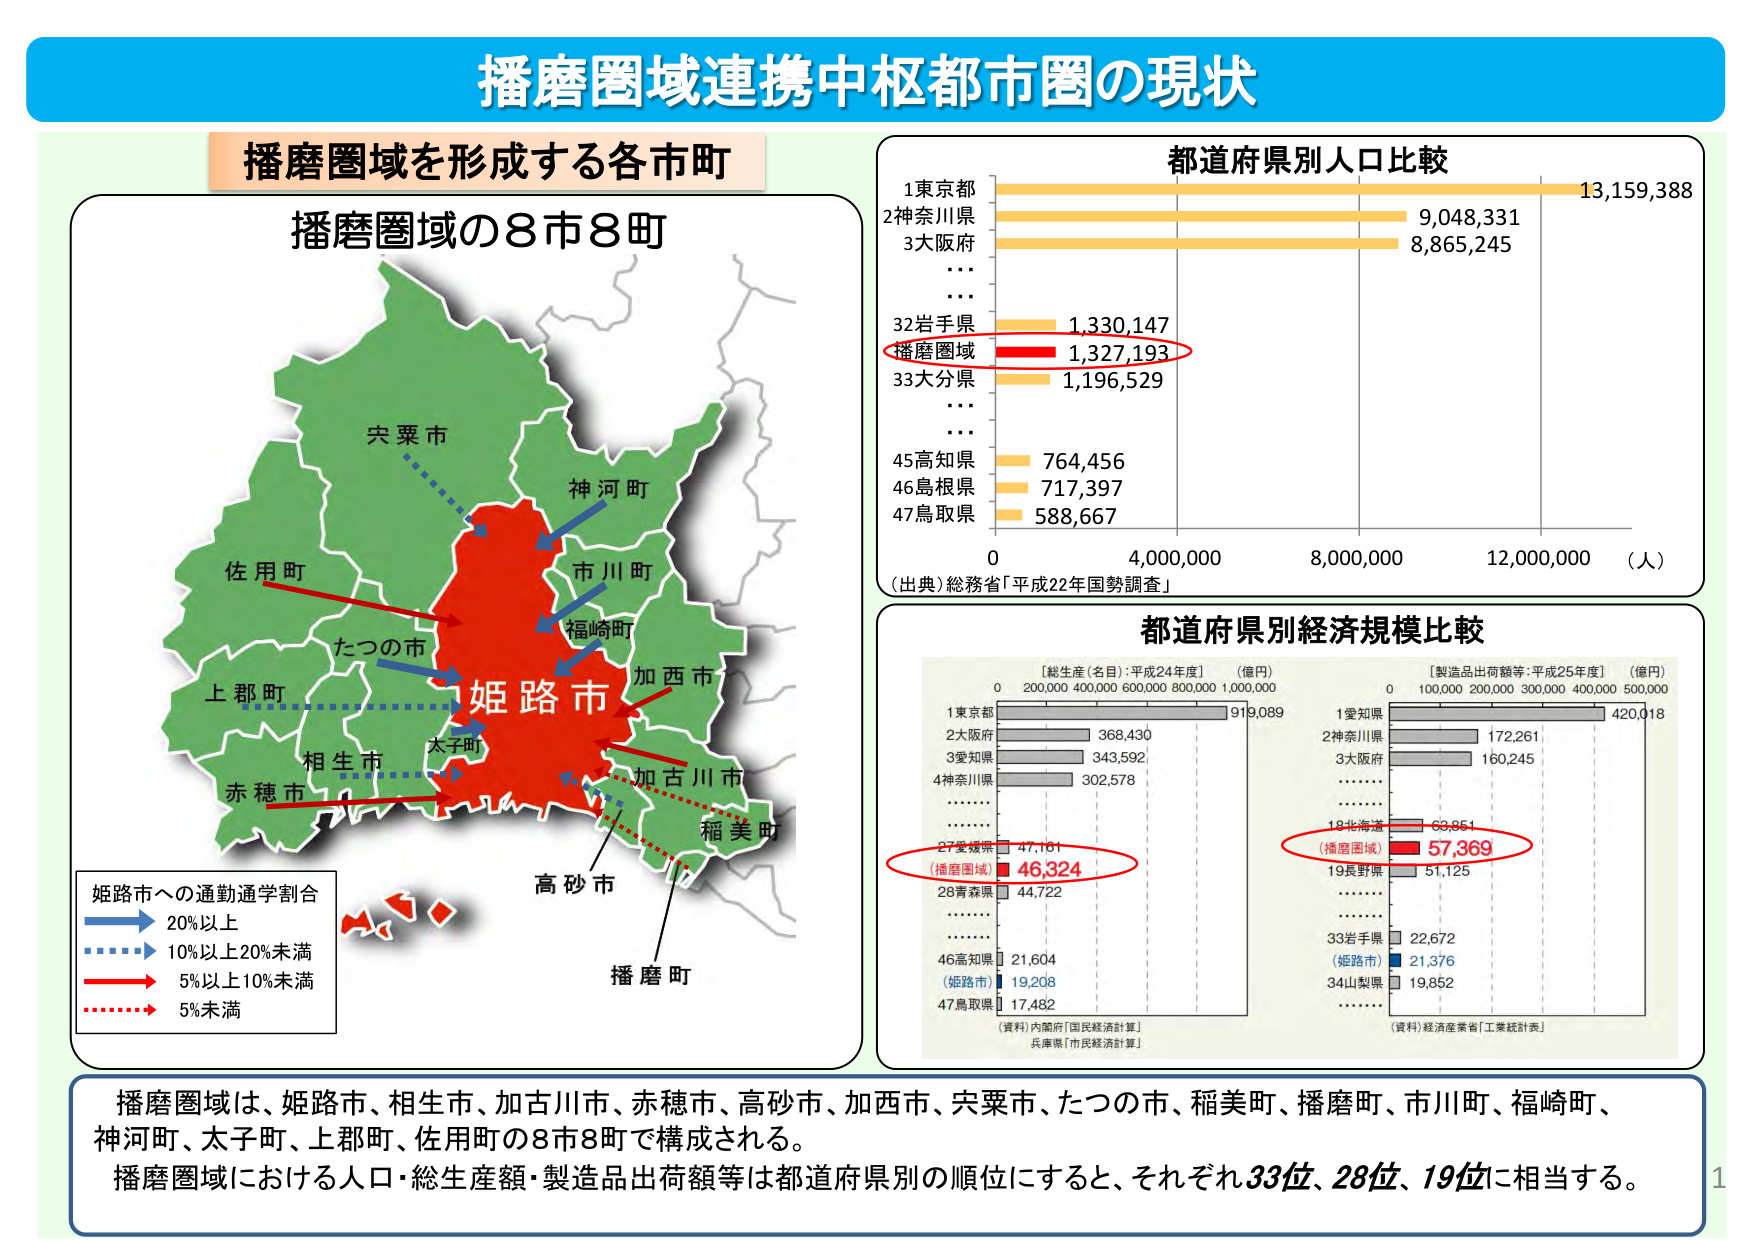
播磨圏域連携中枢都市圏の現状

播磨圏域を形成する各市町

播磨圏域の8市8町

宍粟市
神河町
市川町
福崎町
加西市
たつの市
姫路市
加古川市
稲美町
高砂市
播磨町
太子町
相生市
赤穂市
上郡町
佐用町

姫路市への通勤通学割合
→ 20%以上
→ 10%以上20%未満
→ 5%以上10%未満
→ 5%未満

都道府県別人口比較
1 東京都 13,159,388
2 神奈川県 9,048,331
3 大阪府 8,865,245
...
32 岩手県 1,330,147
播磨圏域 1,327,193
33 大分県 1,196,529
...
45 高知県 764,456
46 島根県 717,397
47 鳥取県 588,667
0 4,000,000 8,000,000 12,000,000 （人）
（出典）総務省「平成22年国勢調査」

都道府県別経済規模比較

【総生産（名目）：平成24年度】（億円）
1 東京都 919,089
2 大阪府 368,430
3 愛知県 343,592
4 神奈川県 302,578
...
27 愛媛県 47,181
（播磨圏域）46,324
28 青森県 44,722
...
46 高知県 21,604
（姫路市）19,208
47 鳥取県 17,482
（資料）内閣府「国民経済計算」
兵庫県「市民経済計算」

【製造品出荷額等：平成25年度】（億円）
1 愛知県 420,018
2 神奈川県 172,261
3 大阪府 160,245
...
18 北海道 68,851
（播磨圏域）57,369
19 長野県 51,125
...
33 岩手県 22,672
（姫路市）21,376
34 山梨県 19,852
（資料）経済産業省「工業統計表」

播磨圏域は、姫路市、相生市、加古川市、赤穂市、高砂市、加西市、宍粟市、たつの市、稲美町、播磨町、市川町、福崎町、神河町、太子町、上郡町、佐用町の8市8町で構成される。
播磨圏域における人口・総生産額・製造品出荷額等は都道府県別の順位にすると、それぞれ33位、28位、19位に相当する。

1